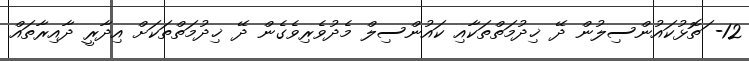
12- ަތޮޅުކައުންސިލުން ދޭ ޚިދުމަތްތަކާއި ކައުންސިލް މެދުވެރިވެގެން ދޭ ޚިދުމަތްތަކަށް އިދާރީ ދާއިރާތައް